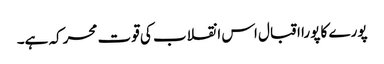
پورے کا پورا اقبال اس انقلاب کی قوت محرکہ ہے۔